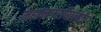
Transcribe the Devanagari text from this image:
महानगरपािलके